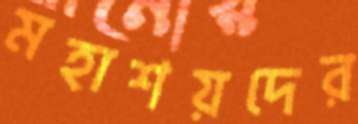
মহাশয়দের